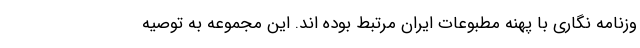
وزنامه نگاری با پهنه مطبوعات ایران مرتبط بوده اند. این مجموعه به توصیه